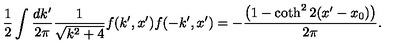
\frac { 1 } { 2 } \int \frac { d k ^ { \prime } } { 2 \pi } \frac { 1 } { \sqrt { k ^ { 2 } + 4 } } f ( k ^ { \prime } , x ^ { \prime } ) f ( - k ^ { \prime } , x ^ { \prime } ) = - \frac { \left( 1 - \coth ^ { 2 } 2 ( x ^ { \prime } - x _ { 0 } ) \right) } { 2 \pi } .